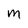
Character: M